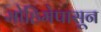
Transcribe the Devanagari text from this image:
मोहिमेपासून